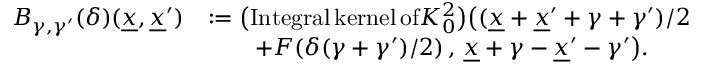
\begin{array} { r l } { B _ { \gamma , \gamma ^ { \prime } } ( \delta ) ( \underline { { x } } , \underline { { x } } ^ { \prime } ) } & { : = \big ( \mathrm { I n t e g r a l \, k e r n e l \, o f } K _ { 0 } ^ { 2 } \big ) \big ( ( \underline { { x } } + \underline { { x } } ^ { \prime } + \gamma + \gamma ^ { \prime } ) / 2 } \\ & { \qquad + F ( \delta ( \gamma + \gamma ^ { \prime } ) / 2 ) \, , \, \underline { { x } } + \gamma - \underline { { x } } ^ { \prime } - \gamma ^ { \prime } \big ) . } \end{array}